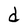
Character: d